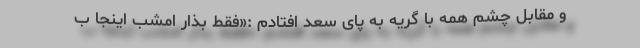
و مقابل چشم همه با گریه به پای سعد افتادم :«فقط بذار امشب اینجا ب